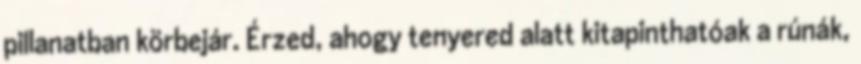
pillanatban körbejár. Érzed, ahogy tenyered alatt kitapinthatóak a rúnák,